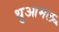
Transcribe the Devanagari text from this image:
थुआमल